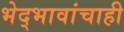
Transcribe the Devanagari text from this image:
भेद्भावांचाही